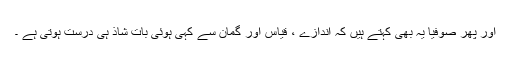
اور پھر صوفیا یہ بھی کہتے ہیں کہ اندازے ، قیاس اور گمان سے کہی ہوئی بات شاذ ہی درست ہوتی ہے ۔